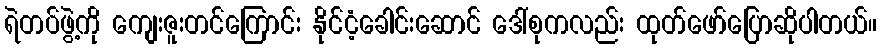
ရဲတပ်ဖွဲ့ကို ကျေးဇူးတင်ကြောင်း နိုင်ငံ့ခေါင်းဆောင် ဒေါ်စုကလည်း ထုတ်ဖော်ပြောဆိုပါတယ်။